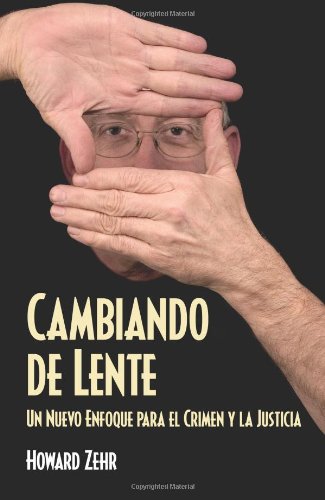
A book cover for Cambiando de Lente (Spanish Edition); Howard Zehr; Christian Books & Bibles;